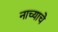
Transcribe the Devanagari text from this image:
नाच्याचे